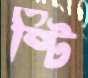
ষ্টি